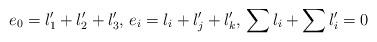
LaTeX: \begin{align*}e_0 = l_1'+l_2'+l_3',\, e_i= l_i+l_j'+l_k',\, \sum l_i + \sum l_i' = 0\end{align*}